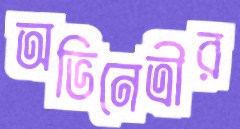
অভিনেত্রীর